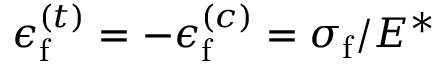
\epsilon _ { \mathrm { f } } ^ { ( t ) } = - \epsilon _ { \mathrm { f } } ^ { ( c ) } = { \sigma _ { \mathrm { f } } } / { E ^ { * } }